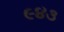
૯૪૩